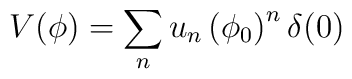
V(\phi )=\sum_{n}u_{n}\left( \phi _{0}\right) ^{n}\delta (0)